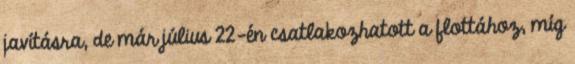
javításra, de már július 22-én csatlakozhatott a flottához, míg